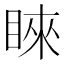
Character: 睞